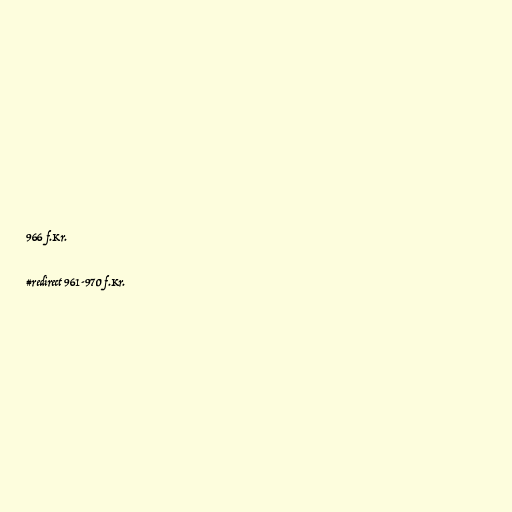
966 f.Kr.

#redirect 961-970 f.Kr.